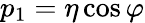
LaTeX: p_{1}=\eta\cos\varphi